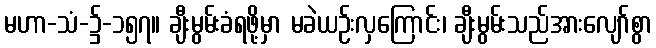
မဟာ-သံ-၌-၁၅၇။ ချီးမွမ်းခံရဖို့မှာ မခဲယဉ်းလှကြောင်း၊ ချီးမွမ်းသည်အားလျော်စွာ